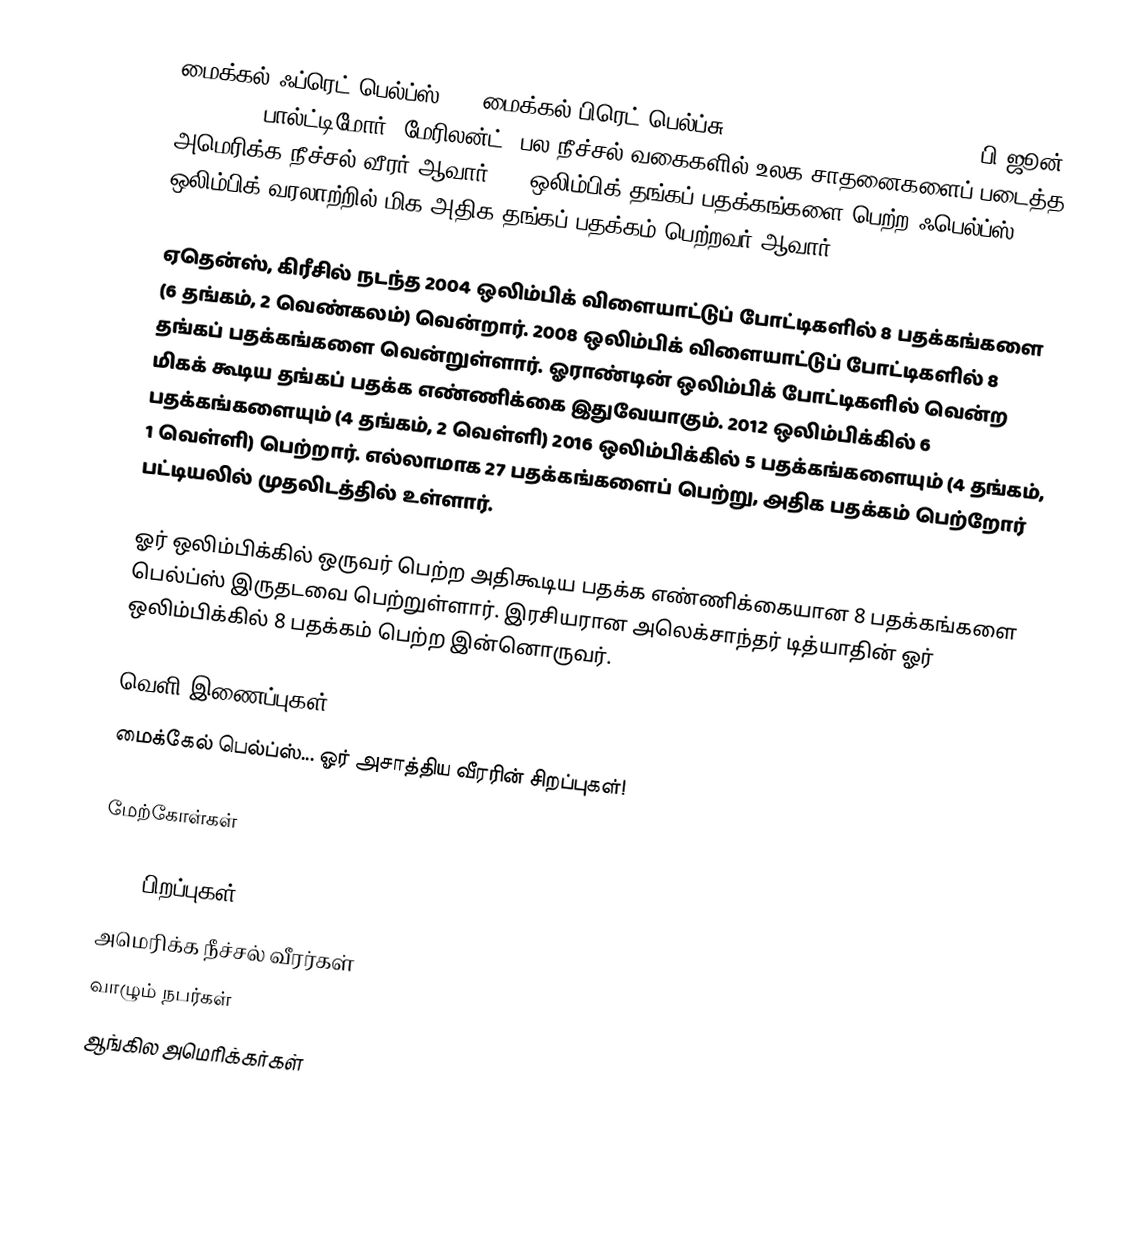
மைக்கல் ஃப்ரெட் பெல்ப்ஸ் II (மைக்கல் பிரெட் பெல்ப்சு II) (Michael Fred Phelps II, பி ஜூன் 30, 1985, பால்ட்டிமோர், மேரிலன்ட்) பல நீச்சல் வகைகளில் உலக சாதனைகளைப் படைத்த அமெரிக்க நீச்சல் வீரர் ஆவார். 28 ஒலிம்பிக் தங்கப் பதக்கங்களை பெற்ற ஃபெல்ப்ஸ் ஒலிம்பிக் வரலாற்றில் மிக அதிக தங்கப் பதக்கம் பெற்றவர் ஆவார்.

ஏதென்ஸ், கிரீசில் நடந்த 2004 ஒலிம்பிக் விளையாட்டுப் போட்டிகளில் 8 பதக்கங்களை (6 தங்கம், 2 வெண்கலம்) வென்றார். 2008 ஒலிம்பிக் விளையாட்டுப் போட்டிகளில் 8 தங்கப் பதக்கங்களை வென்றுள்ளார். ஓராண்டின் ஒலிம்பிக் போட்டிகளில் வென்ற மிகக் கூடிய தங்கப் பதக்க எண்ணிக்கை இதுவேயாகும். 2012 ஒலிம்பிக்கில் 6 பதக்கங்களையும் (4 தங்கம், 2 வெள்ளி) 2016 ஒலிம்பிக்கில் 5 பதக்கங்களையும் (4 தங்கம், 1 வெள்ளி) பெற்றார். எல்லாமாக 27 பதக்கங்களைப் பெற்று, அதிக பதக்கம் பெற்றோர் பட்டியலில் முதலிடத்தில் உள்ளார்.

ஓர் ஒலிம்பிக்கில் ஒருவர் பெற்ற அதிகூடிய பதக்க எண்ணிக்கையான 8 பதக்கங்களை பெல்ப்ஸ் இருதடவை பெற்றுள்ளார். இரசியரான அலெக்சாந்தர் டித்யாதின் ஓர் ஒலிம்பிக்கில் 8 பதக்கம் பெற்ற இன்னொருவர்.

வெளி இணைப்புகள்
 மைக்கேல் பெல்ப்ஸ்... ஓர் அசாத்திய வீரரின் சிறப்புகள்!

மேற்கோள்கள்

1985 பிறப்புகள்
அமெரிக்க நீச்சல் வீரர்கள்
வாழும் நபர்கள்
ஆங்கில அமெரிக்கர்கள்